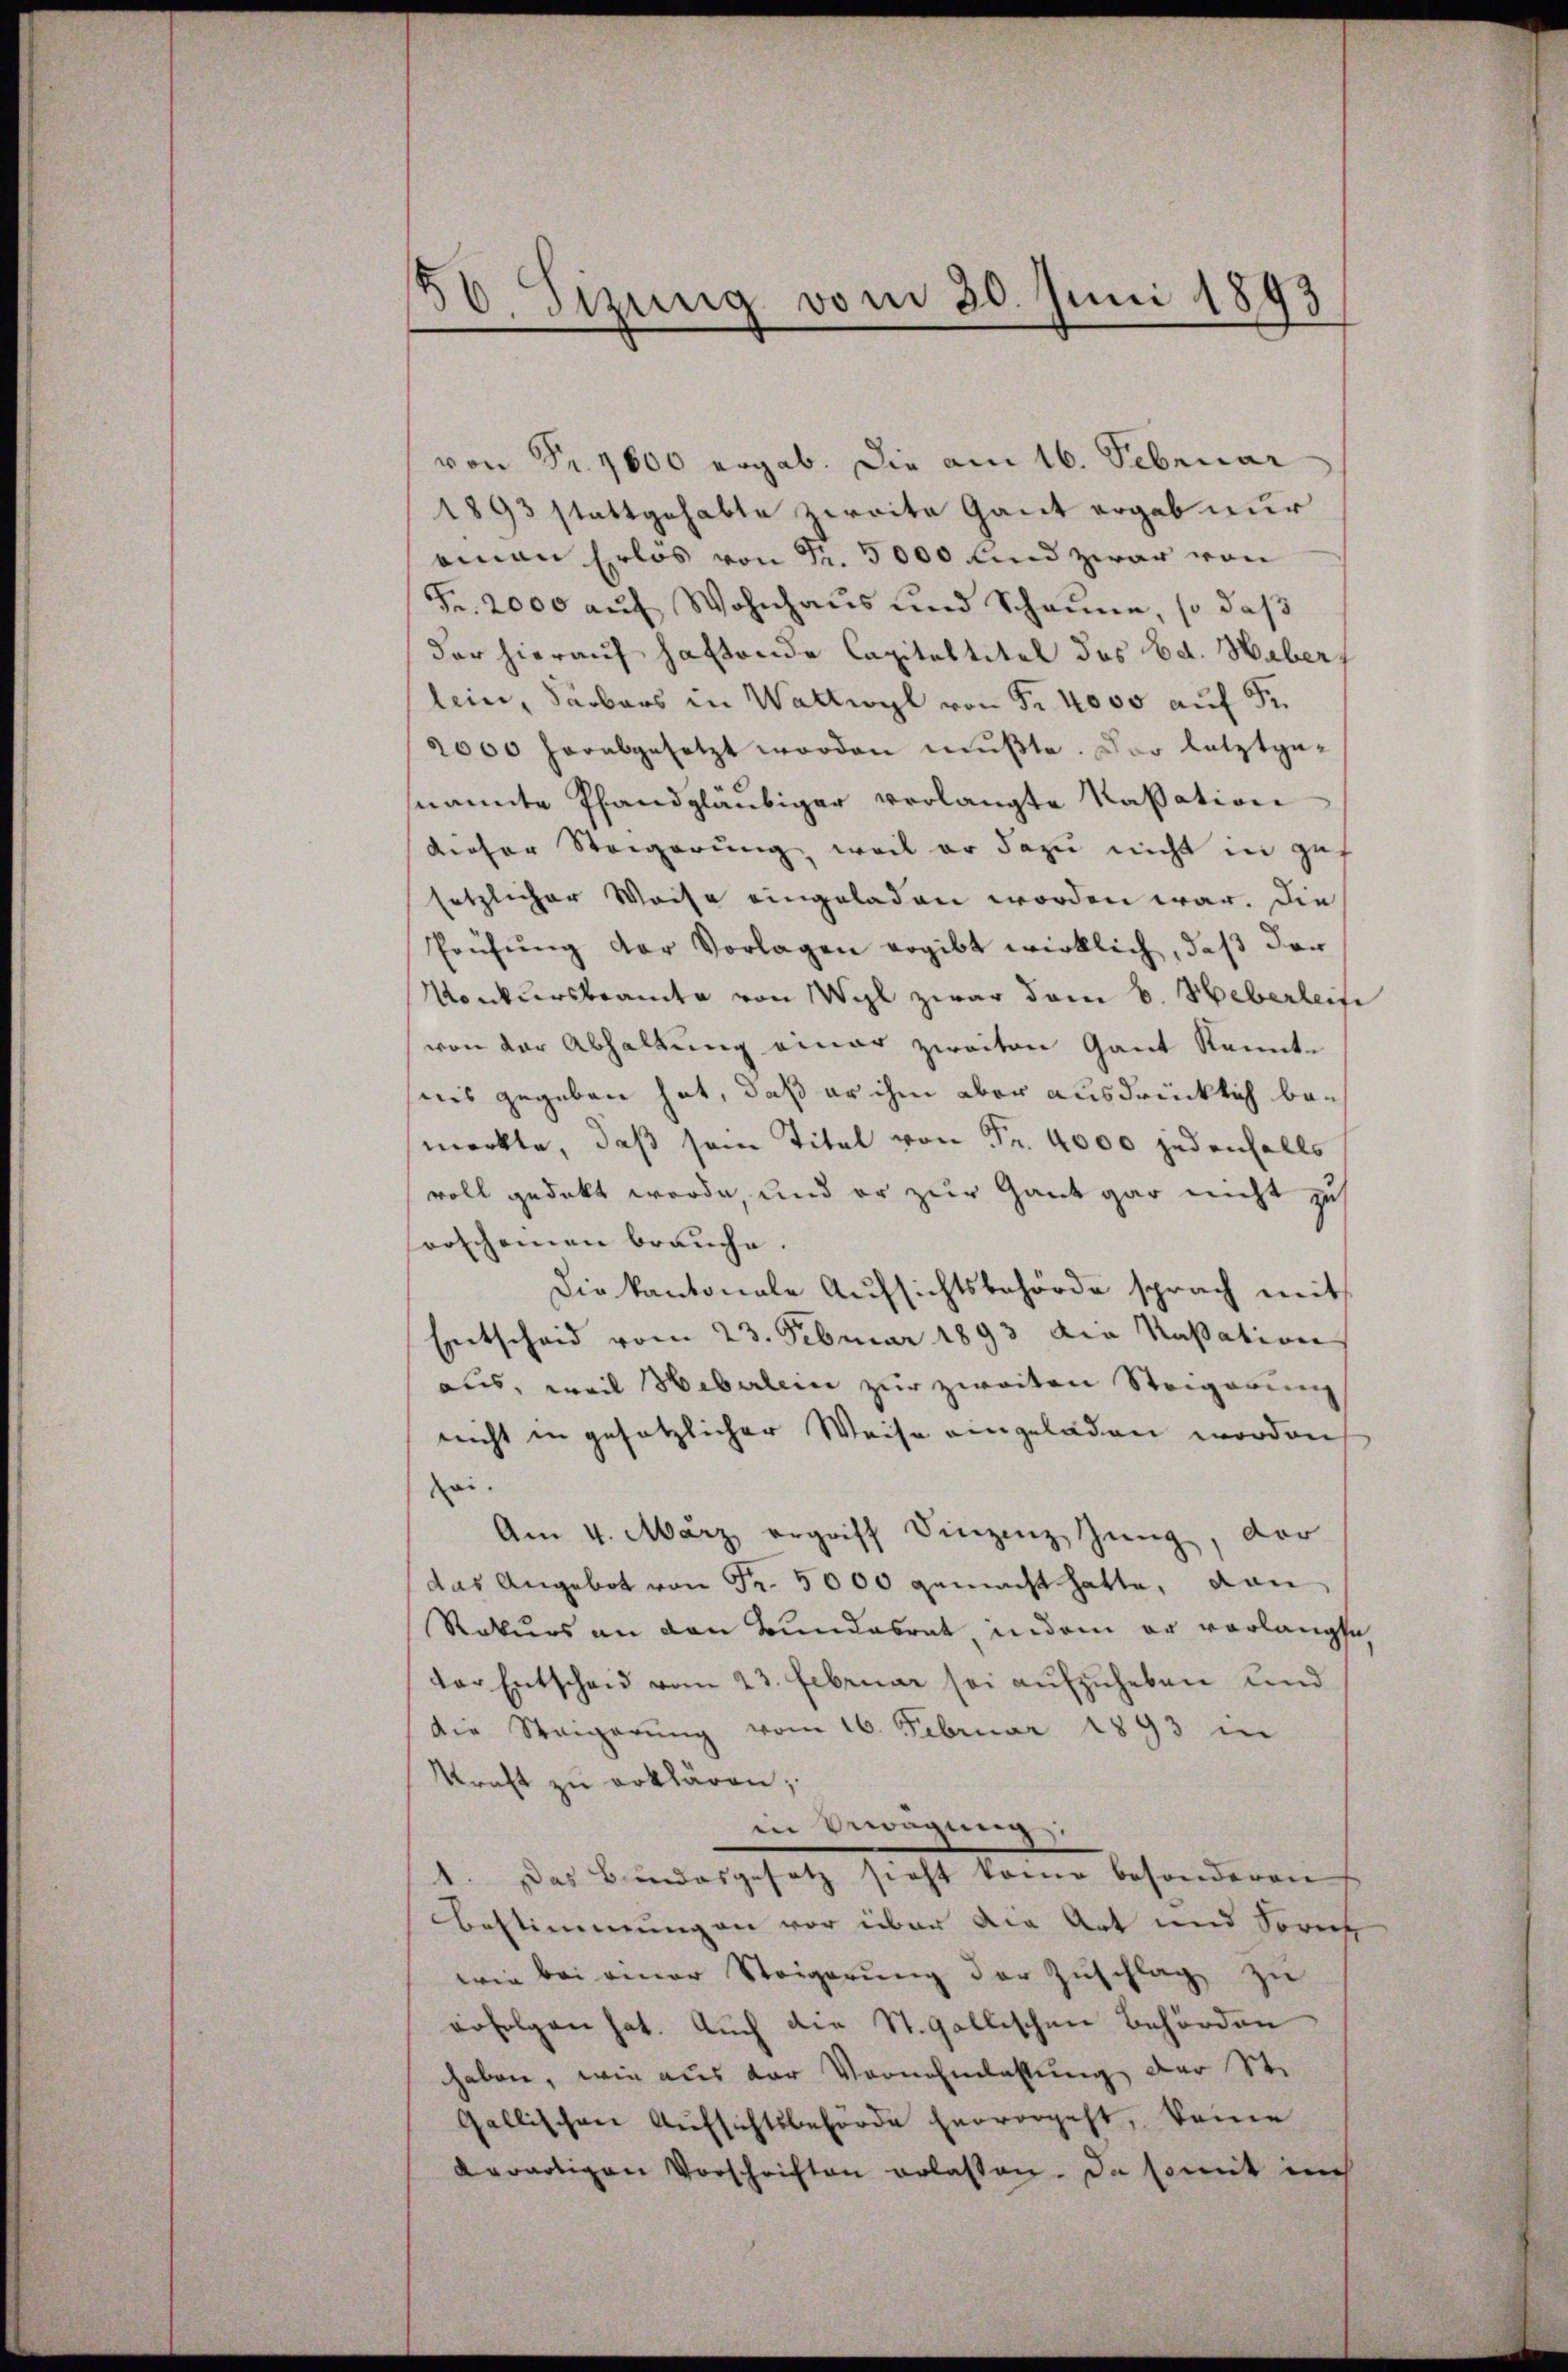
36. Fizung vom 20. Juni 1893

von Fr. 1600 ergab. Die am 16. Februar
1893 stattgehabte zweite Gant ergab nur
oman Erlos von Fr. 5000 und zwar von
Fr. 2000 auf Wohnhaus und Scheune, so daß
der hierauf haftende Capitaltitel des Ed. Hebers
lein, Sarbars in Wattwyl von Fr. 4000 auf Fr.
2000 herabgesetzt worden mußte. Der letztgenannte Pfandgläubiger verlangte Kassation
dieser Steigerung, weil er dazu nicht in Zuf
setzlicher Weise eingeladen worden war. Die
Prüfŭng der Vorlagen ergibt wirklich, daß der
Vonkursbeamte von Wyl zwar dem 6. Heberleite
von der Abhaltung einer zweiten Gant Kenntnis gegeben hat, daß er ihm aber ausdrücklich bemerkte, daß sein Titel von Fr. 4000 jedenfalls
voll gedeckt werde, und er zur Gant gar nicht zu
forscheinen brauche.
Die kantonale Aŭfsichtsbehörde sprach mit
Entscheid vom 23. Februar 1893 die Kassation
aus, weil Heberlein zur zweiten Steigerung
nicht in gesetzlicher Weise eingeladen worden
sei.
Am 4. März ergriff Vinzenz Zŭng, der
(das Angebot von Fr. 5000 gemacht hatte, dan
Rekurs an den Bundesrat indem er vorlangte
der Entscheid vom 23. Februar sei aŭfzŭheben und
die Steigerŭng vom 16. Februar 1893 in
Kraft zu erklären;
in Bewägung:
1. Das Bindesgesetz sieht keine besonderen
Bestimmungen vor über die Art und Sores
wie bei einer Steigerŭng der Zŭschlag zu
erfolgen hat. Auch die St. Gallischen Behörden
haben, wie aus der Vornehmlassung der St.
Gallischen Aufsichtsbehörde hervorgeht, keine
erwärtigen Vorschriften erlassen. Da somit in